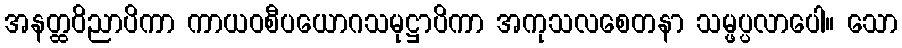
အနတ္ထဝိညာပိကာ ကာယဝစီပယောဂသမုဋ္ဌာပိကာ အကုသလစေတနာ သမ္ဖပ္ပလာပေါ။ သော